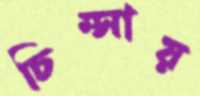
চিম্‌সায়